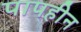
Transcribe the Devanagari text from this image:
पापहीन